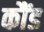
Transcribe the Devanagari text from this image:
कौंड